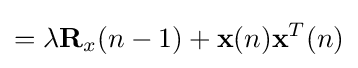
=\lambda \mathbf {R} _{x}(n-1)+\mathbf {x} (n)\mathbf {x} ^{T}(n)